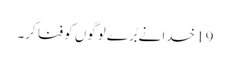
19 خدا نے بُرے لوگوں کو فنا کر۔